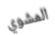
المشوي